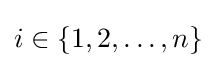
i\in \{1,2,\dots ,n\}